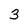
Character: 3